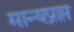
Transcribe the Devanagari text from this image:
मान्यप्राप्त